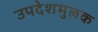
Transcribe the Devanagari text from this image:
उपदेशमुलक